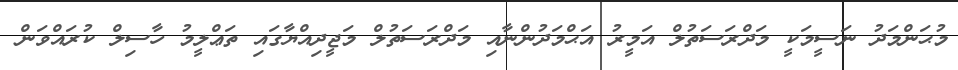
މުޙަންމަދު ނަސީމަކީ މަދްރަސަތުލް އަމީރު އަޙްމަދުންނާއި މަދްރަސަތުލް މަޖީދިއްޔާގައި ތަޢްލީމު ހާސިލް ކުރައްވަން